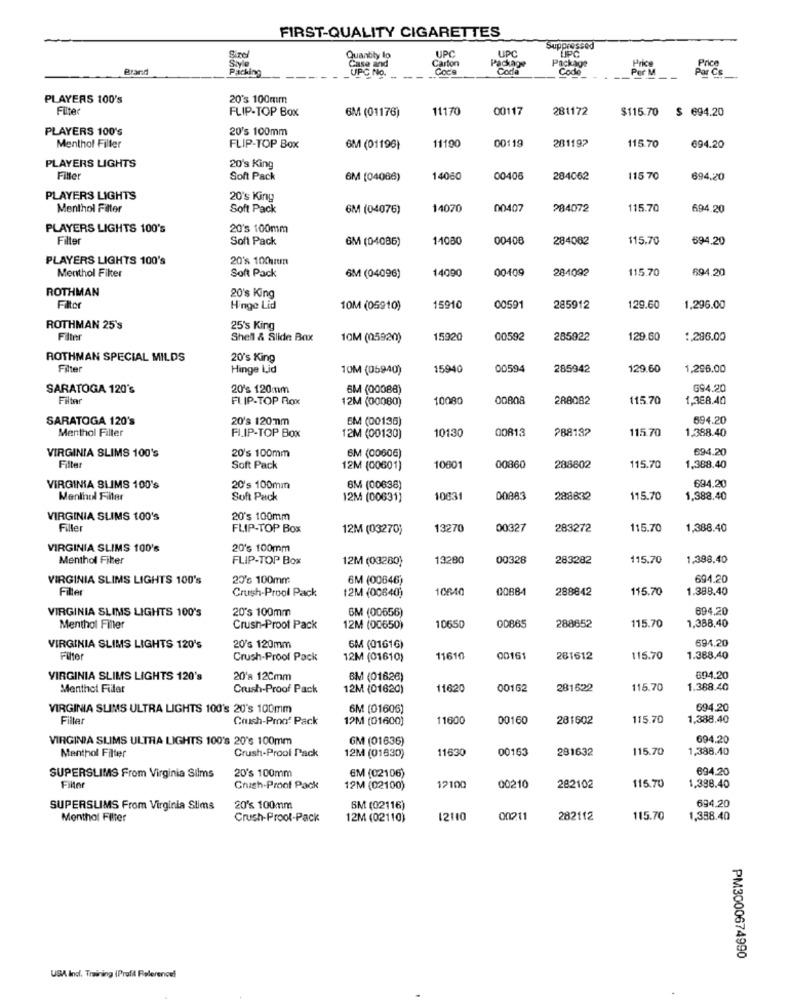
FIRST-QUALITY CIGARETTES
UPC
Suppressed
Size/
Quantity to
Carton
UPC
Package
Package
Brand
Style
Packing
Case and
Coca
Coca
Code
Per
Par Ce
UPC No.
PLAYERS 100's
20's 100mm
Filte
FLIP-TOP Box
6M (01176)
11170
00117
281172
$115.70
$ 694.20
PLAYERS 100's
20's 100mm
00119
281192
Menthol Filler
FLIP-TOP Box
6M (01196)
11190
115.70
694.20
PLAYERS LIGHTS
20's King
Fille
Soft Pack
6M (04086)
14060
00406
284062
115 70
694.20
PLAYERS LIGHTS
20's King
Menthol Filter
Soft Pack
6M (04076)
14070
00407
284072
115.70
694.20
PLAYERS LIGHTS 100's
20's 100mm
Filter
Soft Pack
6M (04086)
11080
00408
284082
115.70
694,20
PLAYERS LIGHTS 100's
20's 100mm
Soft Pack
14090
00-409
284092
115.70
594.20
Menthol Filter
6M (04096)
ROTHMAN
20's King
Filter
Hinge Lid
10M (05910)
15910
00591
285912
129.60
1,296.00
ROTHMAN 25's
25's King
Filter
Shell & Slide Box
10M (05920)
15920
00592
285922
129.60
1.286.00
ROTHMAN SPECIAL MILDS
20's King
Filter
Hinge Lid
10M (05940)
15940
00594
285942
129.60
1,296.00
SARATOGA 120's
20's 120mm
6M (00088)
694.20
Filter
FLIP-TOP Rox
12M (00080)
10080
00808
288082
115.70
1,388.40
SARATOGA 120's
20's 120mmm
EM (00136)
694.20
Menthol Filter
10130
00813
?88132
115.70
1.388.40
FILIP-TOP Box
12M (00130)
VIRGINIA SLIMS 100's
20's 100mm
694.20
6M (00606)
Filter
Soft Pack
12M (00601)
10601
00860
288602
115.70
1,388.40
VIRGINIA SLIMS 100's
20's 100mm
8M (00638)
694.20
Menthol Filter
Soft Pack
12M (00631)
10031
00883
288832
115.70
1,388.40
VIRGINIA SLIMS 100's
20's 100mm
Filler
FLIP-TOP Box
12M (03270)
13270
00327
283272
115.70
1,388.40
VIRGINIA SLIMS 100's
20's 100mm
Menthol Filter
FLIP-TOP Box
12M (03280)
13280
00328
283282
115.70
1,388.40
VIRGINIA SLIMS LIGHTS 100's
20's 100mm
6M (00646)
694.20
Filter
Crush-Prool Pack
10640
00884
288842
115.70
1.388.40
12M (00640)
20's 100mm
6M (00656)
694.20
VIRGINIA SLIMS LIGHTS 100's
Menthol Filler
Crush-Proof Pack
12M (00650)
10650
00865
288652
115.70
1,388.40
694,20
VIRGINIA SLIMS LIGHTS 120's
20's 120mm
6M (01616)
Filter
Crush-Proof Pack
12M (01610)
11610
00161
281612
115.70
1.388.40
VIRGINIA SLIMS LIGHTS 120's
20'a 12Cmm
BM (01626)
694.20
Menthol Filler
Crush-Proof Pack
12M (01620)
11620
00162
281622
115.70
1.388.40
VIRGINIA SLIMS ULTRA LIGHTS 100's 20's 100mm
6M (01606)
694.20
Filler
Crush-Proof Pack
12M (01600)
11600
00160
281602
115.70
1,388.40
VIRGINIA SLIMS ULTRA LIGHTS 100's 20's 100mm
GM (01636)
694,20
Crush-Prool Pack
11630
00163
281632
115.70
1,388.40
Menthol Filter
12M (01830)
694.20
SUPERSLIMS From Virginia Silms
20's 100mm
6M (02106)
1,398.40
Fille
Cnich-Proof Pack
12M (02100)
12100
00210
282102
115.70
694.20
SUPERSLIMS From Virginia Slims
20's 100mm
6M (02116)
Menthol Filter
Crush-Prool-Pack
12M (02110)
12110
00211
282112
115.70
1,358.40
PM3000674990
USA Incl. Training (Profil Reference!